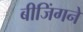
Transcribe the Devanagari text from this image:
बीजिंगने